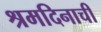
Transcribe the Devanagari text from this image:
श्रमदिनाची